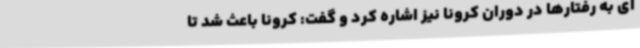
آی به رفتارها در دوران کرونا نیز اشاره کرد و گفت: کرونا باعث شد تا